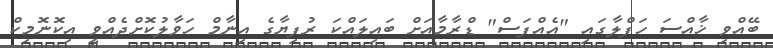
ބޭއްވި ޚާއްސަ ހަފްލާގައި "އެއްފަސް" ޑްރާމާއަށް ބައިލައްކަ ރުފިޔާގެ އިނާމް ހަވާލުކޮށްދެއްވީ އިކޮނޮމިކް